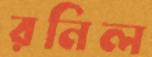
রনিল